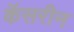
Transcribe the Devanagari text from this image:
कॅसरीन